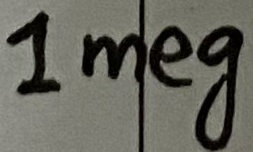
Text: 1meg